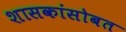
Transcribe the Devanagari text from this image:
शासकांसोबत